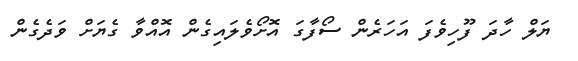
ޔަލް ހާދަ ފޫހިވެފަ އަހަރެން ސޯފާގަ އޮށޯވެލައިގެން އޮއްވާ ގެޔަށް ވަދެގެން